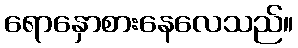
ရောနှောစားနေလေသည်။